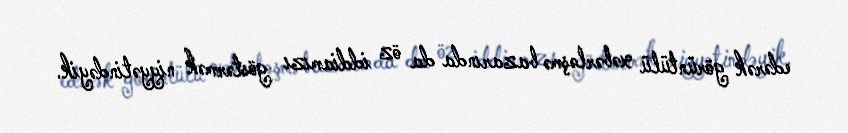
edərək görüntülü xəbərləşmə bazarında da öz iddiamızı göstərmək niyyətindəyik.